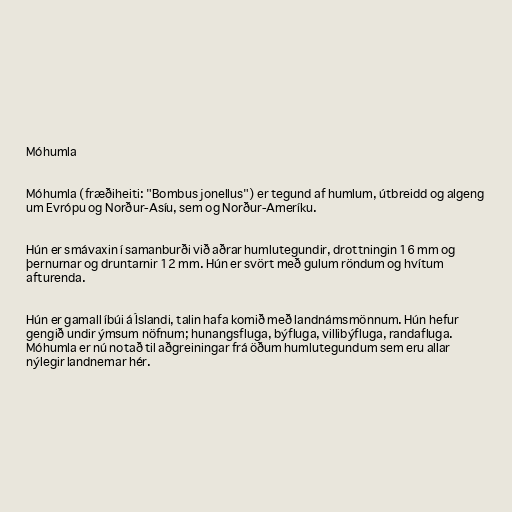
Móhumla

Móhumla (fræðiheiti: "Bombus jonellus") er tegund af humlum, útbreidd og algeng
um Evrópu og Norður-Asíu, sem og Norður-Ameríku.

Hún er smávaxin í samanburði við aðrar humlutegundir, drottningin 16 mm og
þernurnar og druntarnir 12 mm. Hún er svört með gulum röndum og hvítum
afturenda.

Hún er gamall íbúi á Íslandi, talin hafa komið með landnámsmönnum. Hún hefur
gengið undir ýmsum nöfnum; hunangsfluga, býfluga, villibýfluga, randafluga.
Móhumla er nú notað til aðgreiningar frá öðum humlutegundum sem eru allar
nýlegir landnemar hér.